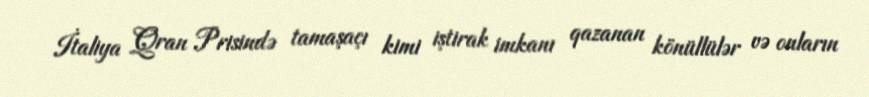
İtaliya Qran Prisində tamaşaçı kimi iştirak imkanı qazanan könüllülər və onların